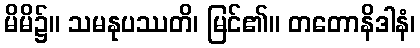
မိမိ၌။ သမနုပဿတိ၊ မြင်၏။ တတောနိဒါနံ၊